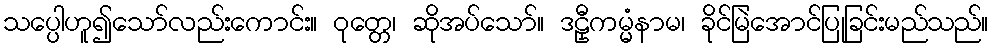
သပ္ပေါဟူ၍သော်လည်းကောင်း။ ဝုတ္တေ၊ ဆိုအပ်သော်။ ဒဠှီကမ္မံနာမ၊ ခိုင်မြဲအောင်ပြုခြင်းမည်သည်။